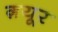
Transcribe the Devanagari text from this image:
ग़यूर